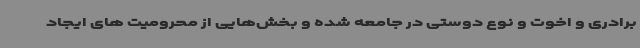
برادری و اخوت و نوع دوستی در جامعه شده و بخش‌هایی از محرومیت های ایجاد